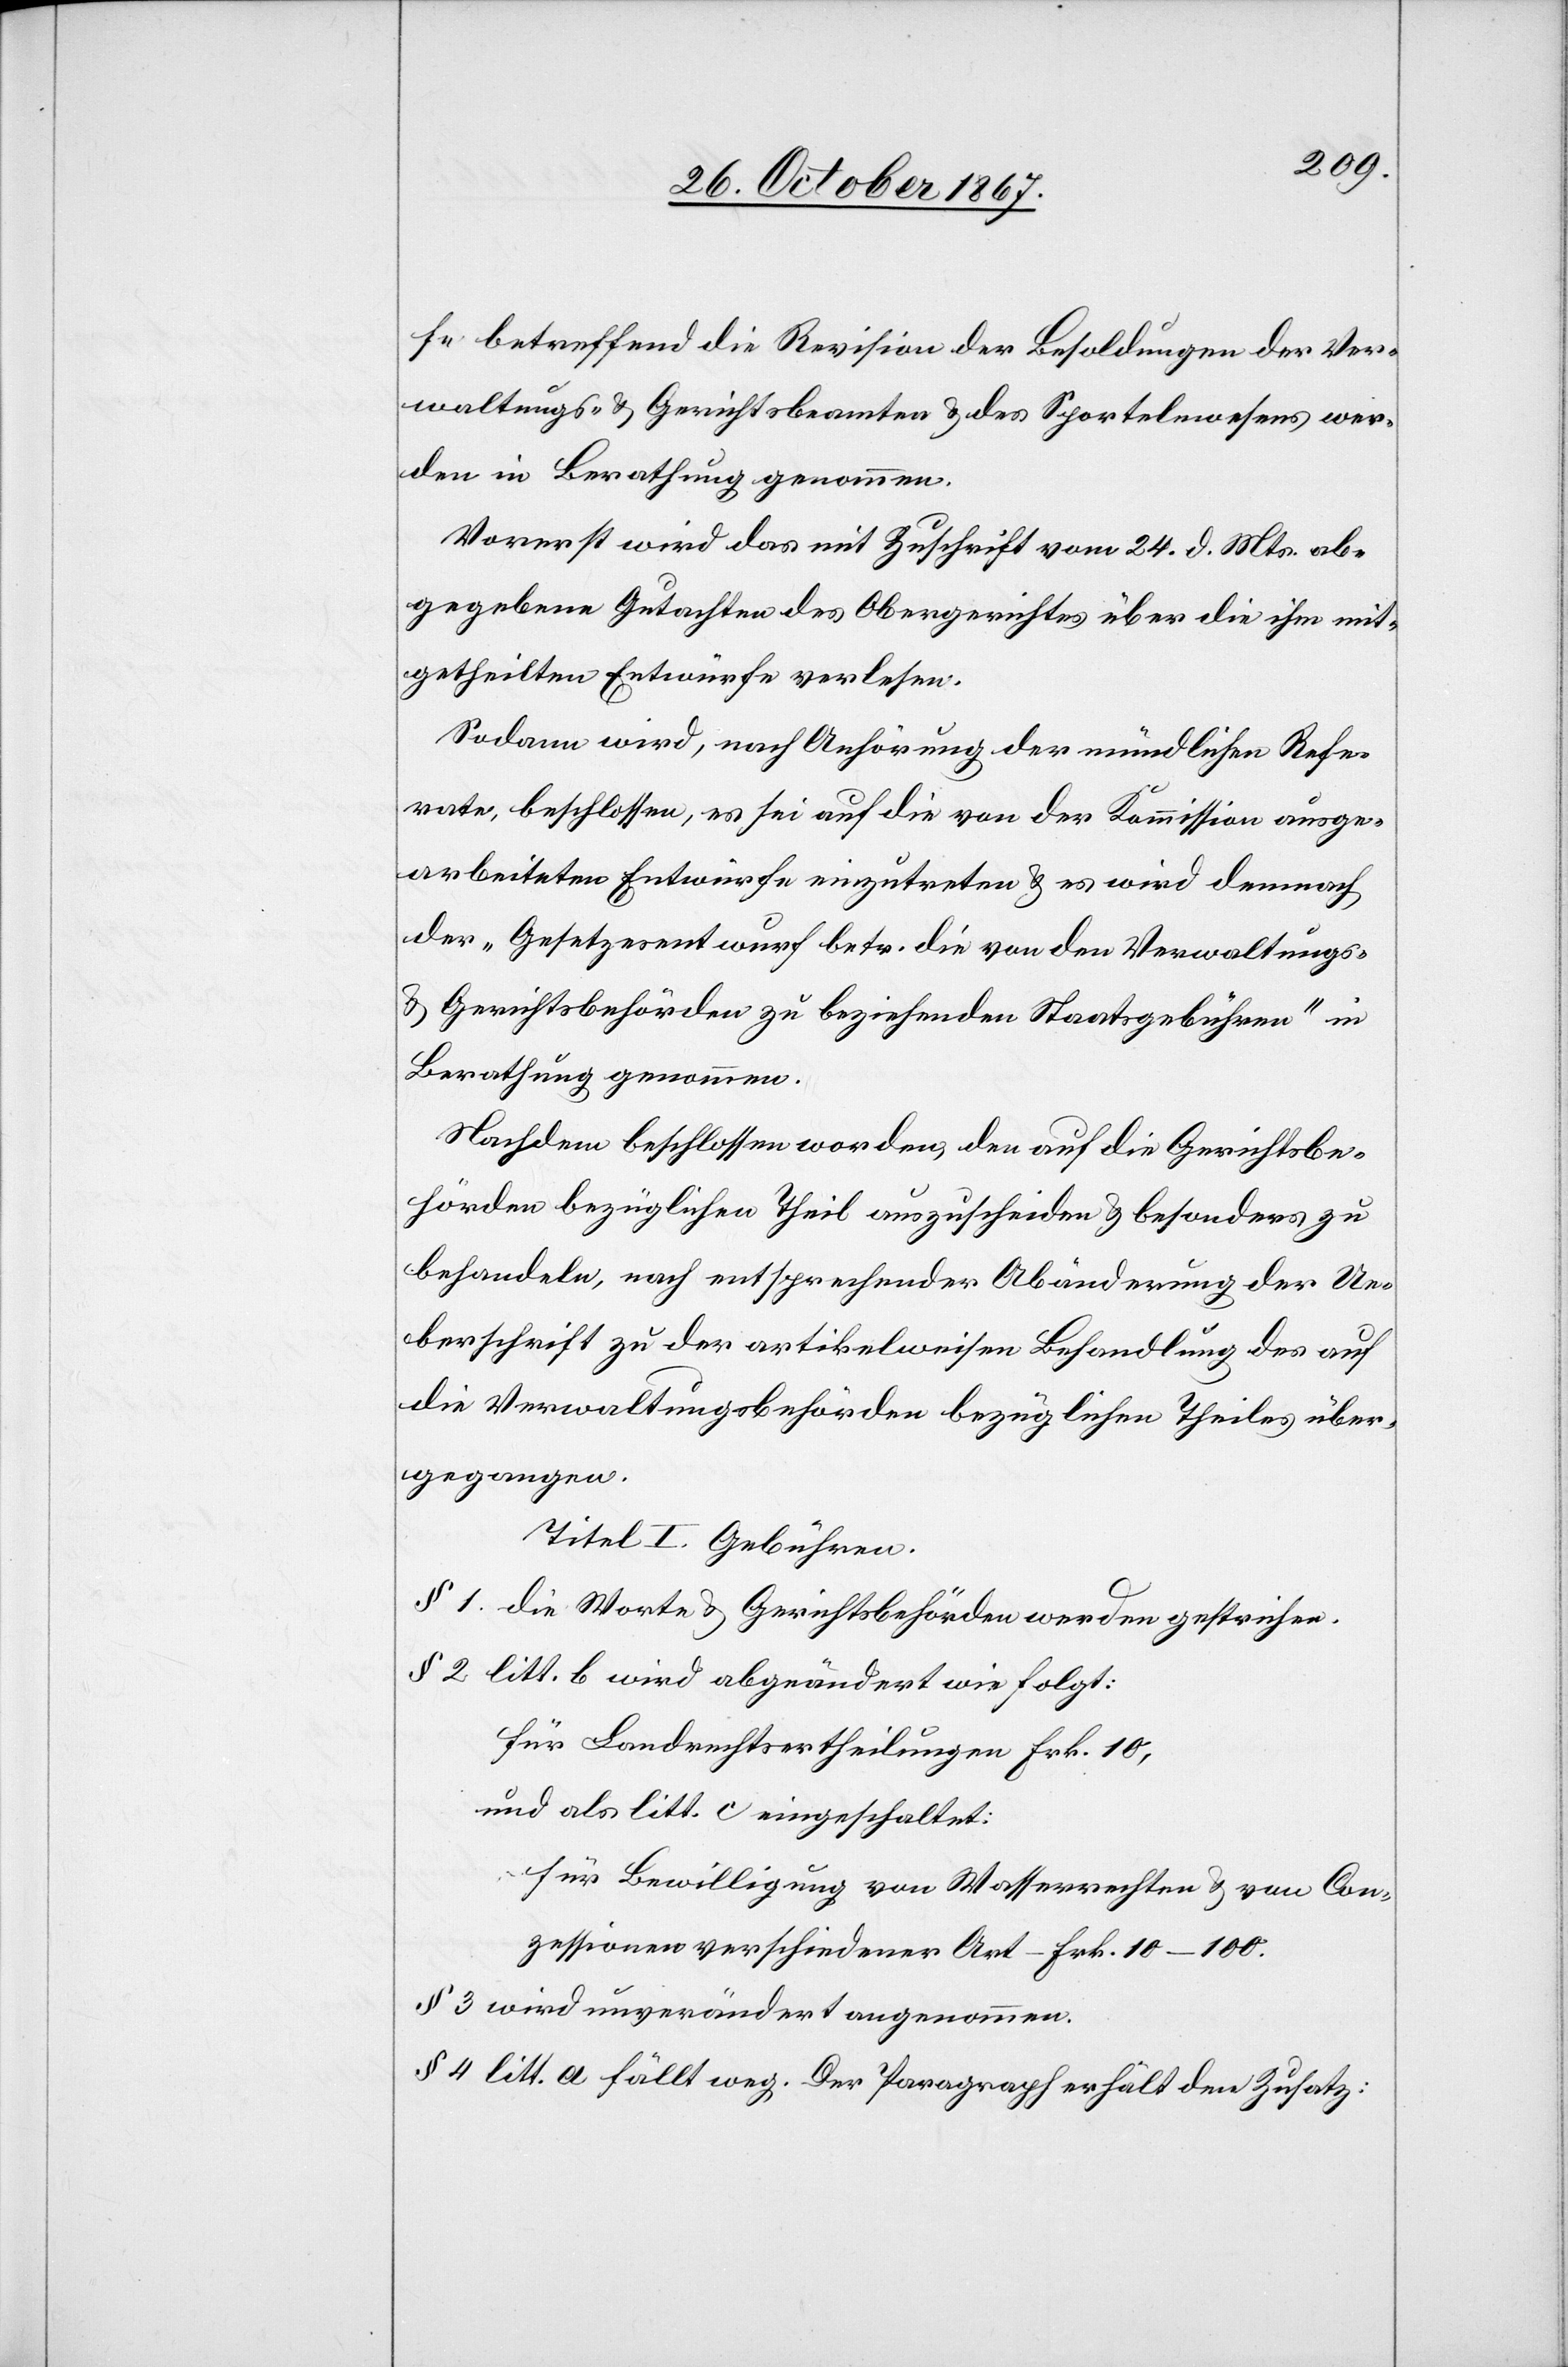
fe betreffend die Revision der Besoldungen der Ver¬
waltungs- u. Gerichtsbeamten u. des Sportelnwesens wer¬
den in Berathung genommen.
Vorerst wird das mit Zuschrift vom 24. d. Mts ab¬
gegebene Gutachten des Obergerichtes über die ihm mit¬
getheilten Entwürfe verlesen.
Sodann wird, nach Anhörung der mündlichen Refe¬
rate, beschlossen, es sei auf die von der Kommission ausge¬
arbeiteten Entwürfe einzutreten u. es wird demnach
der „Gesetzesentwurf betr. die von den Verwaltungs-
u. Gerichtsbehörden zu beziehenden Staatsgebühren“ [sic!]
Berathung genommen.
Nachdem beschlossen worden, den auf die Gerichtsbe¬
hörden bezüglichen Theil auszuscheiden u. besonders zu
behandeln, nach entsprechender Abänderung der Ue¬
berschrift zu der artikelweisen Behandlung des auf
die Verwaltungsbehörden bezüglichen Theiles über¬
gegangen.
Titel I. Gebühren.
§ 1 die Worte „u. Gerichtsbehörden“ werden gestrichen.
§ 2 litt. b wird abgeändert wir folgt:
für Landrechtsertheilung Frk. 10,
und als litt. c eingeschaltet:
für Bewilligung von Wasserrechten u. von Con¬
zessionen verschiedener Art – Frk. 10–100.
§ 3 wird unverändert angenommen.
§ 4 litt. a fällt weg. Der Paragraph erhält den Zusatz: